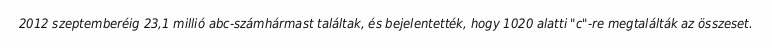
2012 szeptemberéig 23,1 millió abc-számhármast találtak, és bejelentették, hogy 1020 alatti "c"-re megtalálták az összeset.